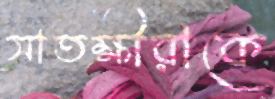
সাতক্ষীরাকে